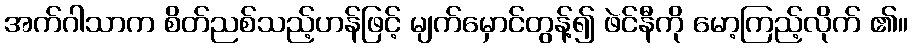
အက်ဂါသာက စိတ်ညစ်သည့်ဟန်ဖြင့် မျက်မှောင်တွန့်၍ ဖဲင်နီကို မော့ကြည့်လိုက် ၏။